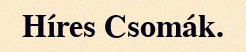
Híres Csomák.